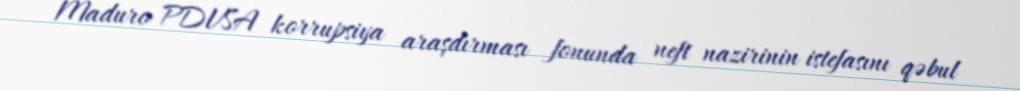
Maduro PDVSA korrupsiya araşdırması fonunda neft nazirinin istefasını qəbul